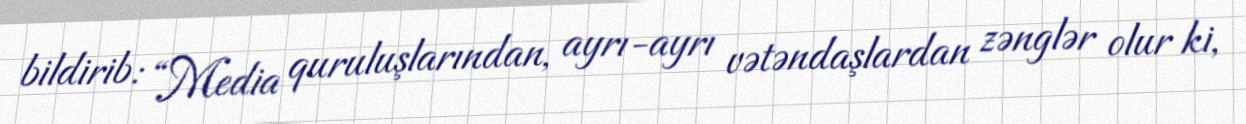
bildirib: “Media quruluşlarından, ayrı-ayrı vətəndaşlardan zənglər olur ki,